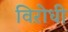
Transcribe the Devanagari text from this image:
विऱोधी